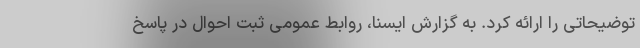
توضیحاتی را ارائه کرد. به گزارش ایسنا، روابط عمومی ثبت احوال در پاسخ